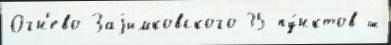
Огн'ево-Заjимковского 35 пу́нктов ш